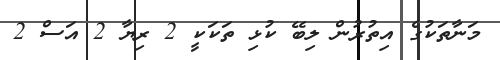
މަނާތަކުގެ އިތުރުން ލިބޭ ކުޅި ތަކަކީ 2 ރިޔާ 2 އަސް 2